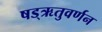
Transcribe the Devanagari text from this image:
षड्‌ऋतुवर्णन